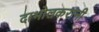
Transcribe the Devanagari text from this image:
दाभोलकरांनी